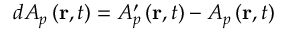
d A _ { p } \left( \mathbf { r } , t \right) = A _ { p } ^ { \prime } \left( \mathbf { r } , t \right) - A { } _ { p } \left( \mathbf { r } , t \right)